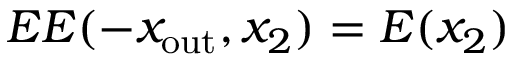
E E ( - x _ { \mathrm { o u t } } , x _ { 2 } ) = E ( x _ { 2 } )